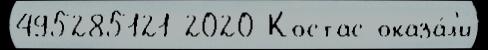
495285121 2020 Костас оказа́л'и